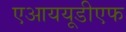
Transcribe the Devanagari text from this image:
एआययूडीएफ